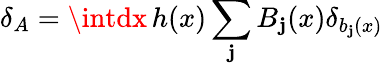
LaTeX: \delta_{A}=\intdx\, h(x)\sum_{\mathbf{j}}B_{\mathbf{j}}(x)\delta_{b_{\mathbf{j}}(x)}